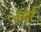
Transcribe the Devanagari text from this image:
वांदरे